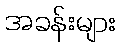
အခန်းများ